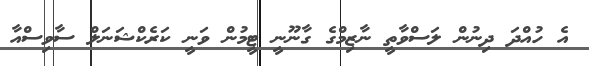
އެ ހުއްދަ ދިނުން ލަސްވާތީ ނާޒިމްގެ ގާނޫނީ ޓީމުން ވަނީ ކަރެކްޝަނަލް ސާވިސްއާ